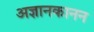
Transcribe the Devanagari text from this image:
अज्ञानकानन